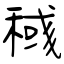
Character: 稶